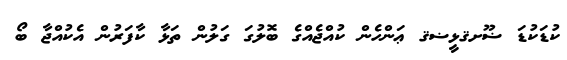
ކުޑަކުޑަ ޟޫށޤޅީޟޤ ޢަންހެން ކުއްޖެއްގެ ބޮލުގަ ގަލުން ތަޅާ ކާފަރުން އެކުއްޖާ ބޯ